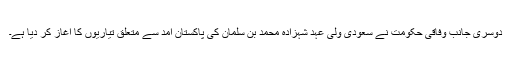
دوسری جانب وفاقی حکومت نے سعودی ولی عہد شہزادہ محمد بن سلمان کی پاکستان آمد سے متعلق تیاریوں کا آغاز کر دیا ہے۔